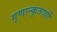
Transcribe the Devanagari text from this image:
गृणान्कृतार्थो